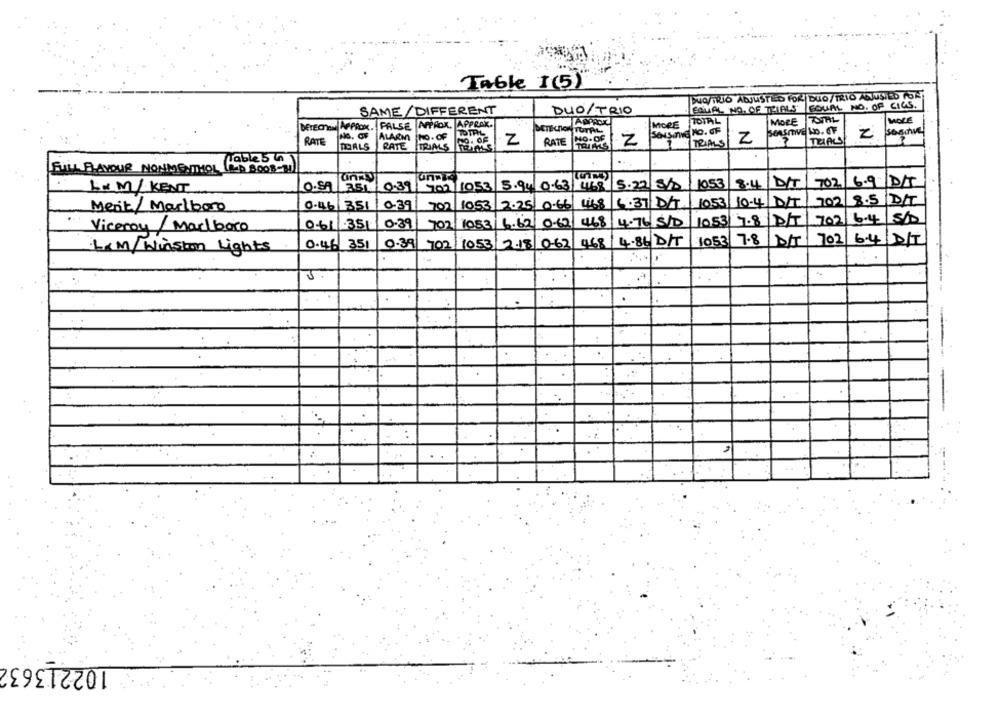
Table I(5)
DUO/TRIO ADJUSTED FOR DUO/TRIO ADJUSTED FOR
FORAL NO. OF TRIALS FOUAL NO. OF CIGS.
SAME/DIFFERENT
DUO/ TRIO
MORE TOTAL
MOLE
berechen APPROX. FALSE |APPROX, APPROX.
DETECTION TOTAL
MOPE
ALARM
NO. OF
TOTAL
MO.OF
SONSITING NO. OF
2
RATE
Z
RATE
TRIALS
Z
TRIALS
Z
THAALS
POALS
RATE TRIALS
Jable 5 in
FILL FLAVOUR NONMENTHOL (RED BOOB-31
O.SA
0.39
702 1053 5.94 0.63 468
5.22/8/2
1053
18.4
DIT
702
6.9
DI
Lx M/ KENT
DIT
Ment / Marlboro
0.46/351/0.39
702
1053
2.25 0.66 4168
6:37 DIT
1053
10-4
DT
702
468
4.76|S10
7.8
702
6.4
Viceroy/Marlboro
0.61/351
0.39
702
1083/6.62/0-62
0-46 351
0.39 702/10.53/2.18 0-63 468 / 4.86 DIT
1053
7.8
DT
702 6.4 D/T
L&M/ Winston Lights
102213632